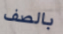
بالصف